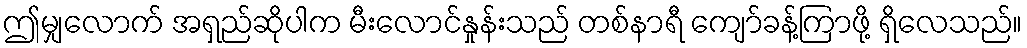
ဤမျှလောက် အရှည်ဆိုပါက မီးလောင်နှုန်းသည် တစ်နာရီ ကျော်ခန့်ကြာဖို့ ရှိလေသည်။